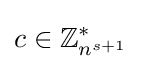
c\in \mathbb {Z} _{n^{s+1}}^{*}